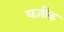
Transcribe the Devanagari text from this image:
यज़ीक्